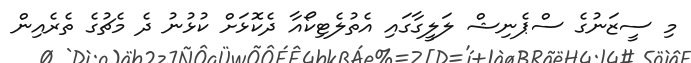
މި ސީޒަނުގެ ސްޕެނިޝް ލަލީގާގައި އެތުލެޓިކޯއާ ދެކޮޅަށް ކުޅުނު ދެ މެޗުގެ ތެރެއިން